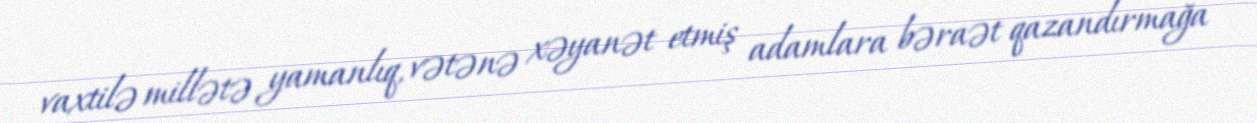
vaxtilə millətə yamanlıq, vətənə xəyanət etmiş adamlara bəraət qazandırmağa